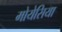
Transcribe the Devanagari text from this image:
मोयेसिया